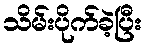
သိမ်းပိုက်ခဲ့ပြီး